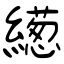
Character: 繱